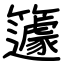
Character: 籧